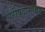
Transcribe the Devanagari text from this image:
परीषदामध्येय